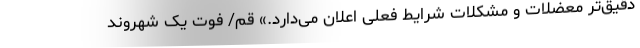
دقیق‌تر معضلات و مشکلات شرایط فعلی اعلان‌ می‌دارد.» قم/ فوت یک شهروند